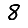
Digit: 8